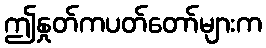
ဤနှုတ်ကပတ်တော်များက